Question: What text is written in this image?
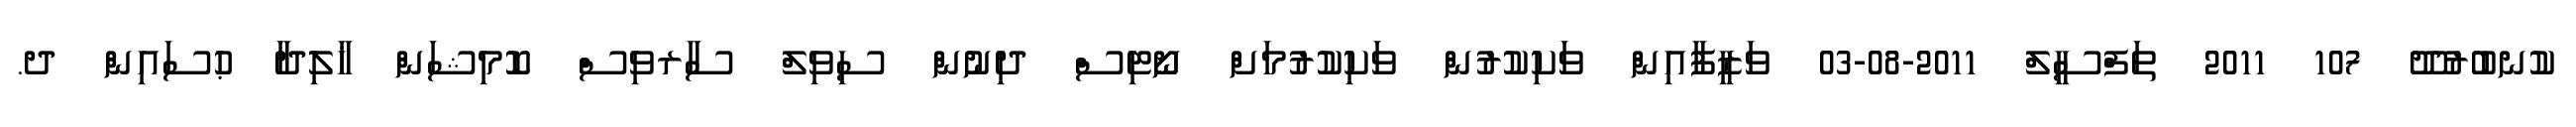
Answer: ކުނބުރުދޫ 107 2011 ތަފްސީލް 2011-08-03 ވަޒީފާއިން ވަކިކުރުން ވަކިކުރުމަށް ނޯޓިސް ދިނުން ސިވިލް ސާރވިސް ކޮމިޝަން ޚާލިދާ ޙުސައިން ދ.